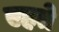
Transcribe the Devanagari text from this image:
एहते